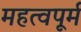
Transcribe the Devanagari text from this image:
महत्वपूर्म